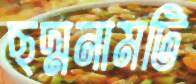
ছদ্মনামটি